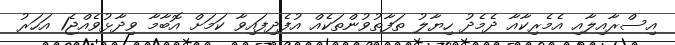
އިސްރާއިލާއި އެމެރިކާއާ ދެމެދު ހިޔާލު ތަފާތުވުންތަކެއް އުފެދިފައިވާ ކަމަށް އޮބާމާ ވިދާޅުވެއްޖެ1 އަހަރު